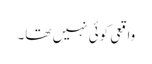
واقعی کوئی نہیں تھا۔